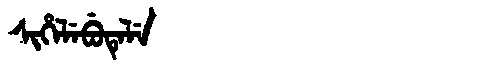
Manchu: ᠰᡳᡥᡝᠯᡝᠪᡠᡨᡝᠯᡝ
Romanization: SIHELEBUTELE